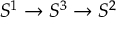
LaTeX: S ^ { 1 } \to S ^ { 3 } \to S ^ { 2 }